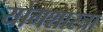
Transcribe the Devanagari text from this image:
योगशास्त्रा